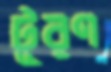
টূরণ